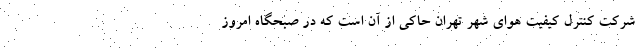
شرکت کنترل کیفیت هوای شهر تهران حاکی از آن است که در صبحگاه امروز